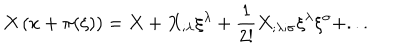
LaTeX: X \left( x + \pi ( \xi ) \right) = X + X _ { ; \lambda } \xi ^ { \lambda } + { \frac { 1 } { 2 ! } } X _ { ; \lambda ; \sigma } \xi ^ { \lambda } \xi ^ { \sigma } + . . .